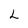
Character: L